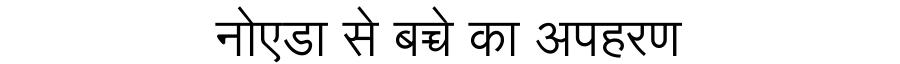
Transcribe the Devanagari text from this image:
नोएडा से बच्चे का अपहरण